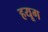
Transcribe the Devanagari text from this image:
हयूग